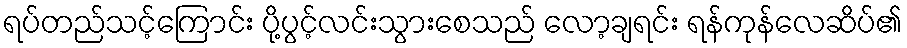
ရပ်တည်သင့်ကြောင်း ပို့ပွင့်လင်းသွားစေသည် လော့ချရင်း ရန်ကုန်လေဆိပ်၏